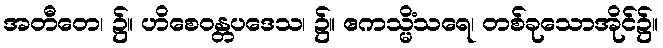
အတီတေ၊ ၌။ ဟိစေဝန္တပဒေသ၊ ၌။ ဧကသ္မိံသရေ၊ တစ်ခုသောအိုင်၌။